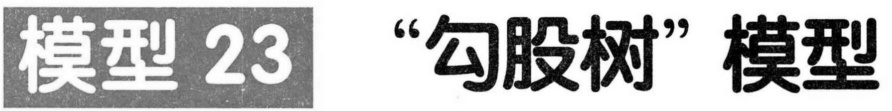
模型 23 “勾股树”模型